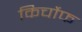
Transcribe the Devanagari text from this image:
किर्चोफ